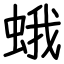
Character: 蛾